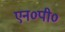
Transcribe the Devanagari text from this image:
एन०पी०